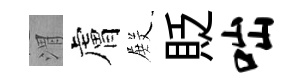
渭膚𭮺貶咄